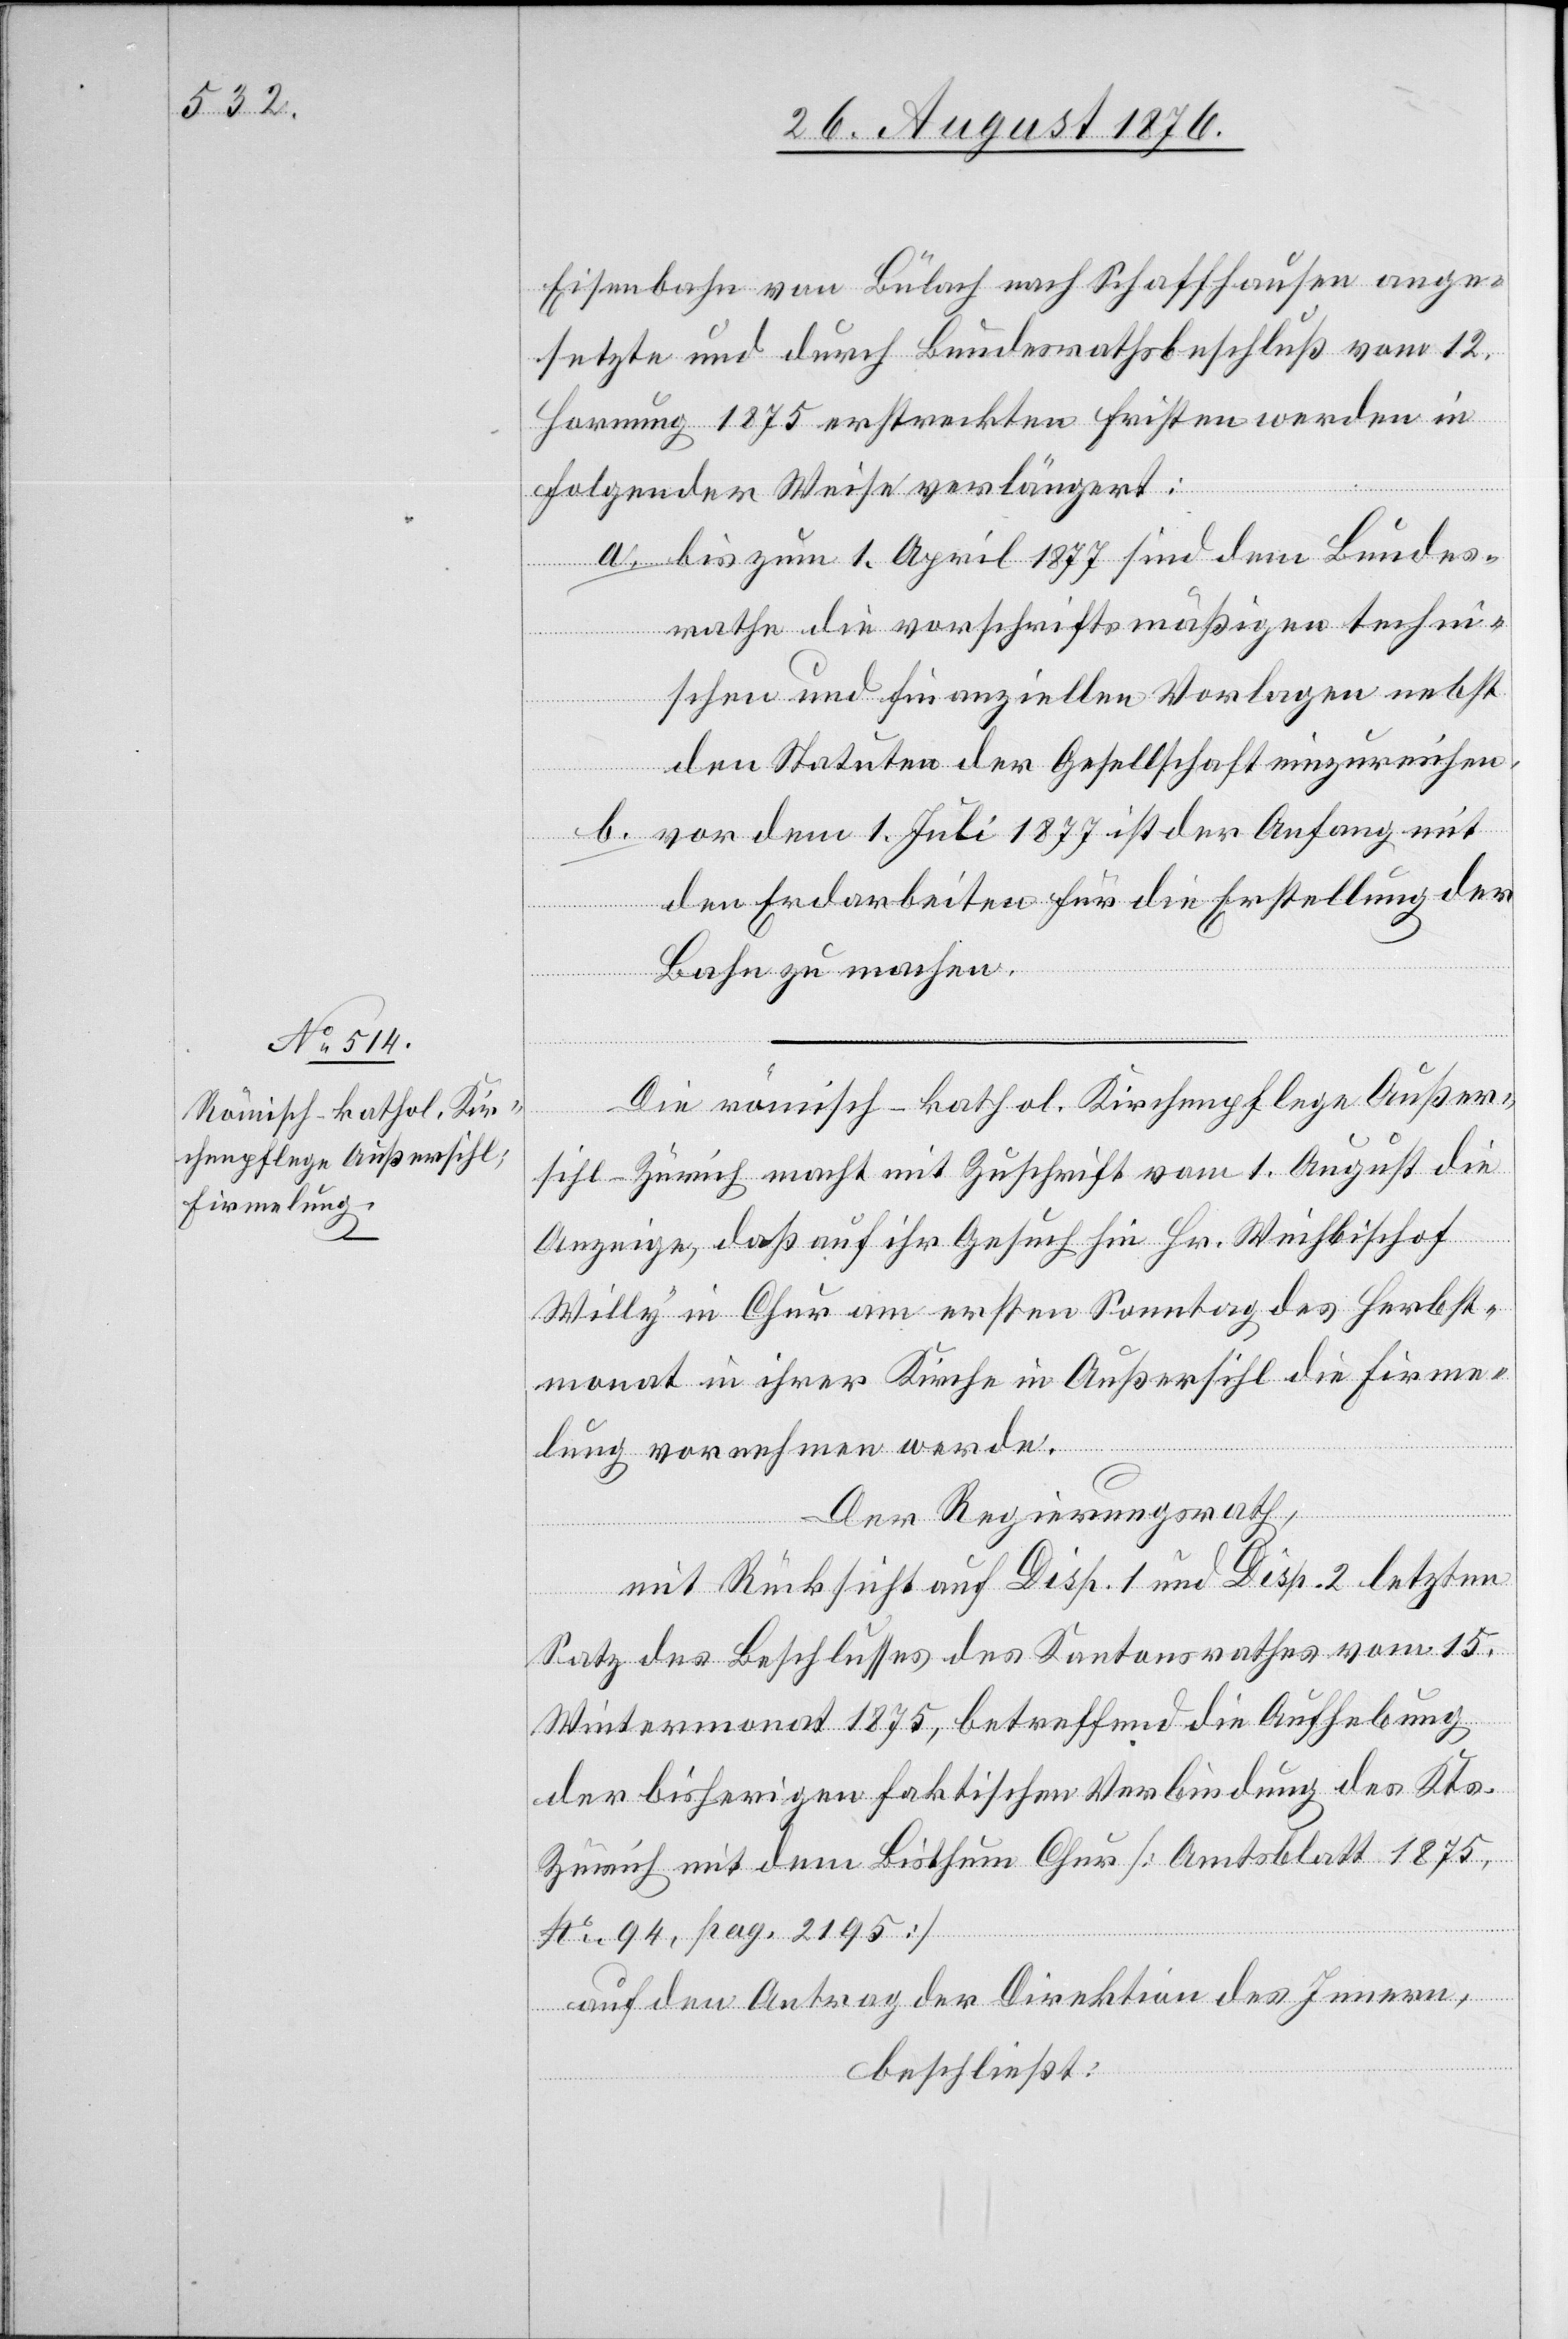
Eisenbahn von Bülach nach Schaffhausen ange¬
setzte und durch Bundesrathsbeschluß vom 12.
Hornung 18765 erstreckten Fristen werden in
folgender Weise verlängert:
a. bis zum 1. April 1877 sind dem Bundes¬
rathe die vorschriftsmäßigen techni¬
schen und finanziellen Vorlagen nebst
den Statuten der Gesellschaft einzureichen.
b. vor dem 1. Juli 1877 ist der Anfang mit
den Erdarbeiten für die Erstellung der
Bahn zu machen.
Die römisch-kathol. Kirchenpflege Außer¬
sihl - Zürich macht mit Zuschrift vom 1. August die
Anzeige, aß auf ihr Gesuch hin Hr. Weihbischof
Willy in Chur am ersten Sonntag des Herbst¬
monat in ihrer Kirche in Außersihl die Firme¬
lung vornehmen werde.
Der Regierungsrath,
mit Rücksicht auf Disp. 1 und Disp. 2 letzten
Satz des Beschlusses des Kantonsrathes vom 15.
Wintermonat 1875, betreffend die Aufhebung
der bisherigen faktischen Verbindung des Kts.
Zürich mit dem Bisthum Chur [Amtsblatt 1875,
No 94, pag. 2195]
auf den Antrag der Direktion des Innern,
beschließt: